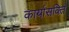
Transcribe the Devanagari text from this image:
कार्यासक्ति